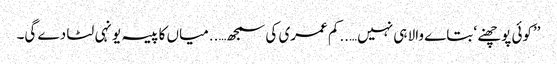
’’کوئی پوچھنے ‘ بتاے والا ہی نہیں…..کم عمری کی سمجھ…..میاں کا پیسہ یونہی لٹا دے گی۔